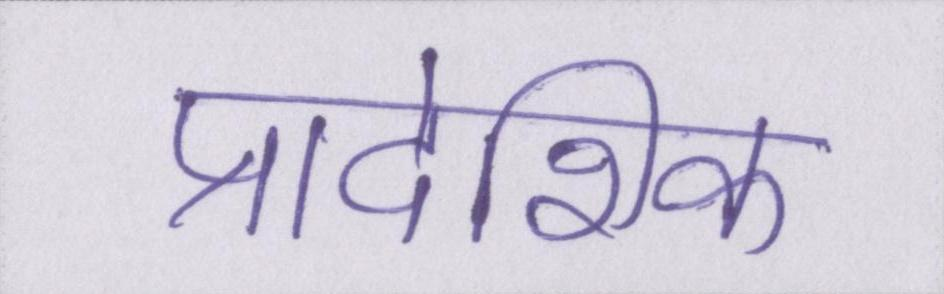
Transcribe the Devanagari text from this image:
प्रादेशिक